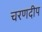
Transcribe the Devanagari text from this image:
चरणदीप